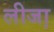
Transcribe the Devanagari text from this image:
लीजा़